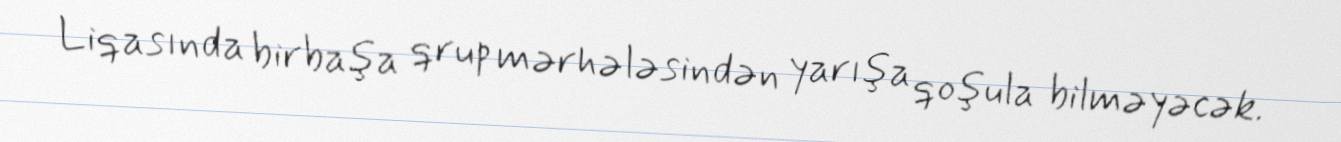
Liqasında birbaşa qrup mərhələsindən yarışa qoşula bilməyəcək.